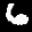
Label: 6